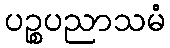
ပဉ္စပညာသမံ